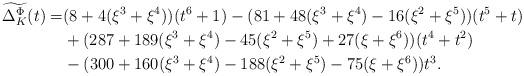
LaTeX: \begin{align*}\widetilde{\Delta^\Phi_K}(t)=& (8+4(\xi^3+\xi^4))(t^6+1)-(81+48(\xi^3+\xi^4)-16(\xi^2+\xi^5))(t^5+t)\\&+ (287+189(\xi^3+\xi^4)-45(\xi^2+\xi^5)+27(\xi+\xi^6))(t^4+t^2)\\&- (300+160(\xi^3+\xi^4)-188(\xi^2+\xi^5)-75(\xi+\xi^6))t^3.\\\end{align*}